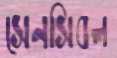
সেনসিবল